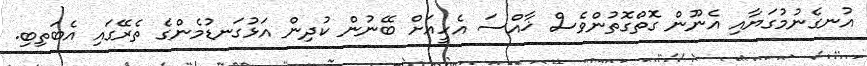
އުނގެނުމުގަޔާއި އެނޫން ގޮތްގޮތުންވެސް ޚާއްސަ އެހީއަށް ބޭނުން ކުދިން އަޅުގަނޑުމެންގެ ތެރޭގައި އެބަތިބި.